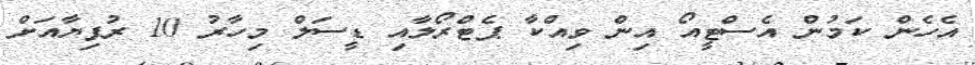
އެހެން ކަމުން އެސްޓީއޯ އިން ވިއްކާ ޕެޓްރޯލާއި ޑީސަލް މިހާރު 10 ރުފިޔާއަށް